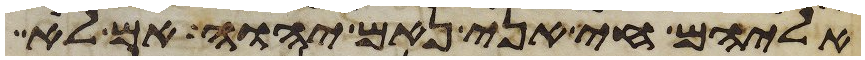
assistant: אליהם חי אני נאם יהוה אם לא